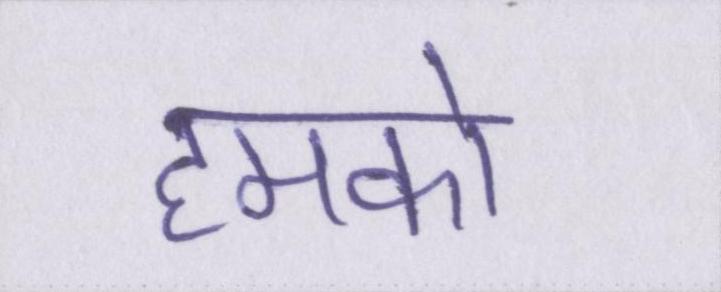
हमको